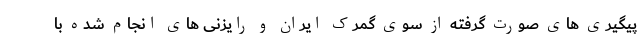
پیگیری های صورت گرفته از سوی گمرک ایران و رایزنی های انجام شده با